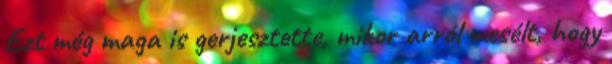
Ezt még maga is gerjesztette, mikor arról mesélt, hogy